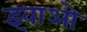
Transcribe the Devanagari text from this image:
इवाओ